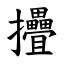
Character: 㩹